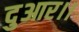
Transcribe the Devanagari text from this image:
दुआर।।